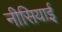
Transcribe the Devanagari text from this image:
नीसियाई